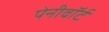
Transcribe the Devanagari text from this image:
पेनीवॉर्ट